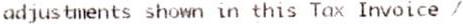
ADJUSTMENTS SHOWN IN THIS TAX INVOICE /